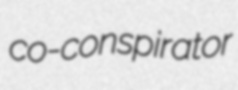
co-conspirator